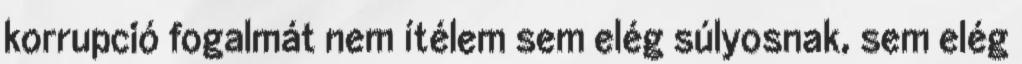
korrupció fogalmát nem ítélem sem elég súlyosnak, sem elég